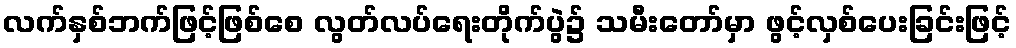
လက်နှစ်ဘက်ဖြင့်ဖြစ်စေ လွတ်လပ်ရေးတိုက်ပွဲ၌ သမီးတော်မှာ ဖွင့်လှစ်ပေးခြင်းဖြင့်